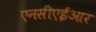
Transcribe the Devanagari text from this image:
एनसीएईआर